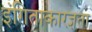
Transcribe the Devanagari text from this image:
इंगिताकारज्ञता